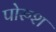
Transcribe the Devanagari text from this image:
पोरुश